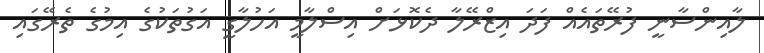
ލާއިންސާނީ ފުރޭތައެއް ފަދަ އިޒްރޭލާ ދެކޮޅަށް އިސްލާމީ އަހުލާގީ އަގުތަކުގެ އިމުގެ ތެރޭގައި